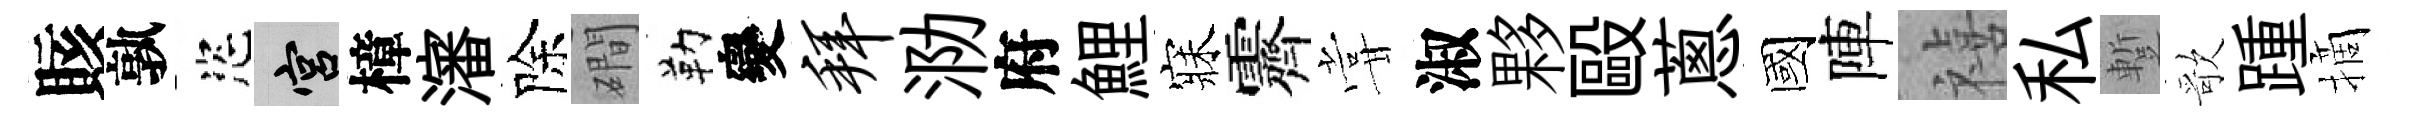
賅孰恣宫樟瀋除磵勒變拜泐府鯉寐霽甞淑夥毆蔥國陣禧私蹔歌踵摘